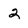
Character: 2